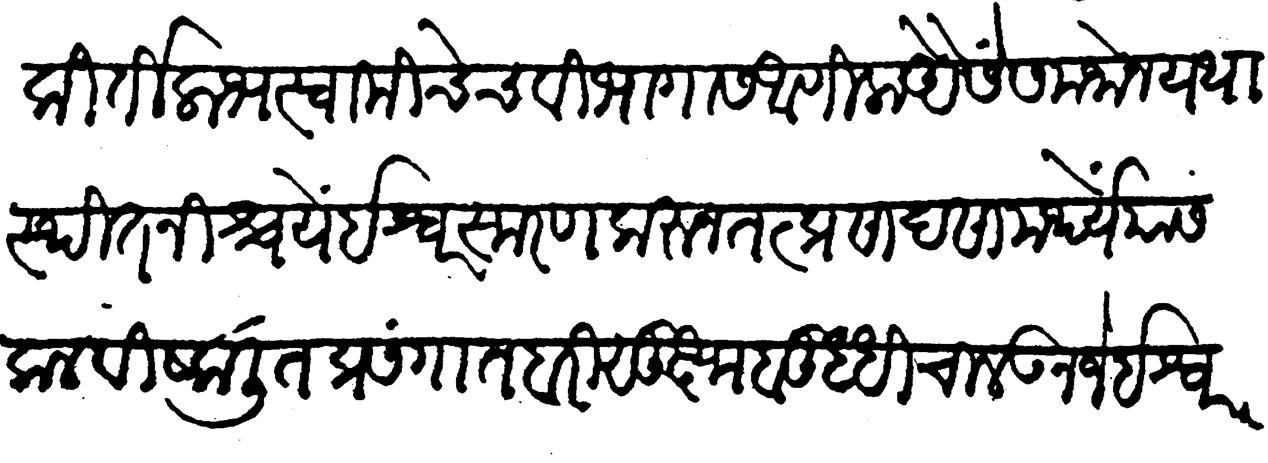
Transliteration (Devanagari): कीर्तिलाभ स्वामीचेच विभागास आणिला यैसें समजोन यथास्थित निश्चये ईश्वरस्मरण करून तत्प्राण साहसामर्थ्ये या सकल वीष्कलित प्रसंगात बरी सुक्ष्म बुद्धी चालवून जे ईश्वरनिष्ठ